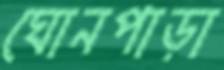
ঘোনপাড়া